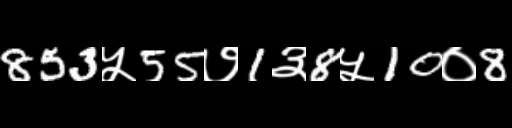
Text: 853५55७1३8५10०8